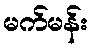
မက်မန်း